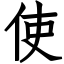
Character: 使